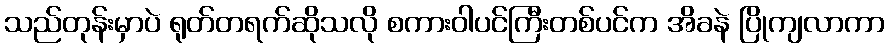
သည်တုန်းမှာပဲ ရုတ်တရက်ဆိုသလို စကားဝါပင်ကြီးတစ်ပင်က အိခနဲ ပြိုကျလာကာ